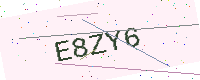
Text: E8ZY6